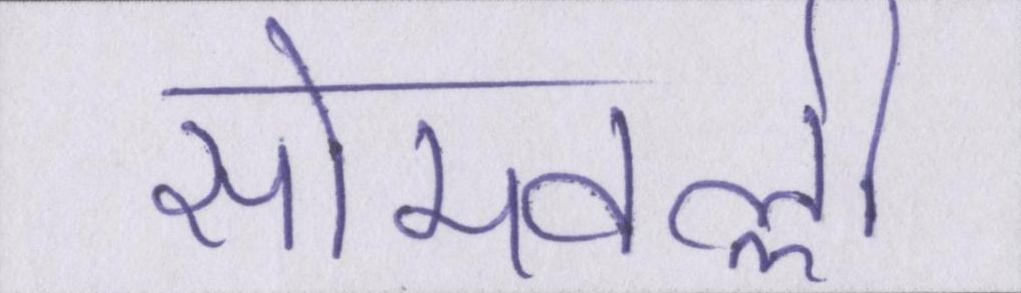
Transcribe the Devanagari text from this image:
सोमवल्ली